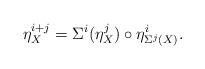
LaTeX: \begin{align*}\eta^{i+j}_X = \Sigma^i(\eta^j_X) \circ \eta^i_{\Sigma^j(X)}.\end{align*}